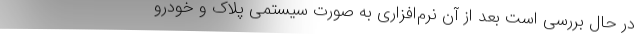
در حال بررسی است بعد از آن نرم‌افزاری به صورت سیستمی پلاک و خودرو